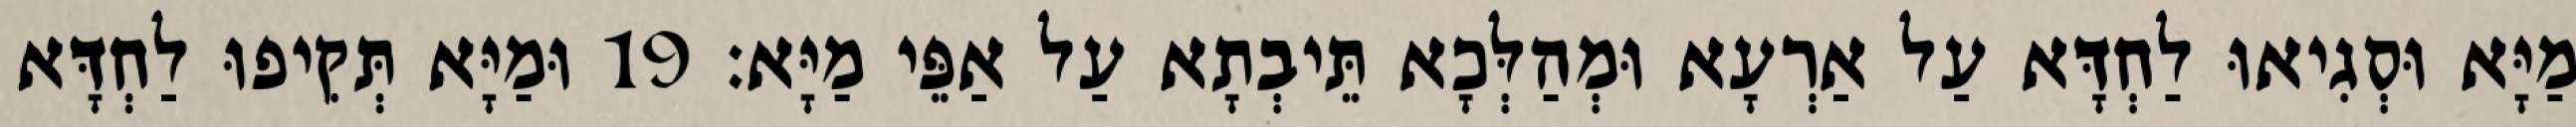
מַיָּא וּסְגִיאוּ לַחְדָּא עַל אַרְעָא וּמְהַלְּכָא תֵּיבְתָא עַל אַפֵּי מַיָּא׃ 19 וּמַיָּא תְּקִיפוּ לַחְדָּא